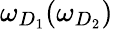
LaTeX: \omega_{D_{1}}(\omega_{D_{2}})